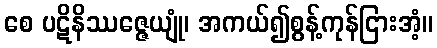
စေ ပဋိနိဿဇ္ဇေယျုံ၊ အကယ်၍စွန့်ကုန်ငြားအံ့။